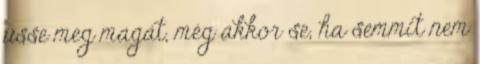
üsse meg magát, még akkor se, ha semmit nem